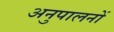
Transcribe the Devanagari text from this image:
अनुपालनों